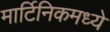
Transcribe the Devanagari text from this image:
मार्टिनिकमध्ये